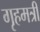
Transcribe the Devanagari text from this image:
गृहमत्री